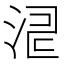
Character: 𣵬